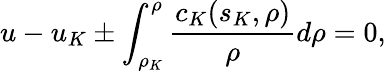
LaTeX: u-u_{K}\pm\int_{\rho_{K}}^{\rho}\frac{c_{K}(s_{K},\rho)}{\rho}d\rho=0,